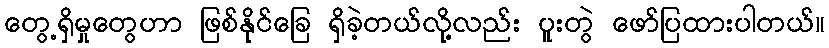
တွေ့ရှိမှုတွေဟာ ဖြစ်နိုင်ခြေ ရှိခဲ့တယ်လို့လည်း ပူးတွဲ ဖော်ပြထားပါတယ်။